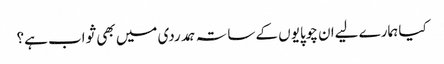
کیا ہمارے لیےان چوپایوں کے ساتہ ہمدردی میں بھی ثواب ہے؟